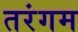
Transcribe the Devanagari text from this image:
तरंगम